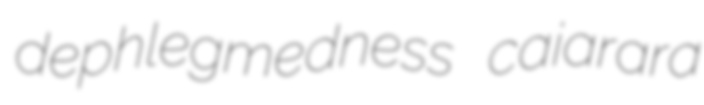
dephlegmedness caiarara